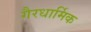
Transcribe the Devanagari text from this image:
गैरधार्मिक